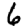
Digit: 6